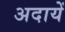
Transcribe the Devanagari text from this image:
अदायें